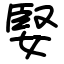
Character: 婜